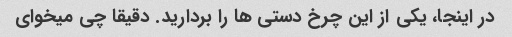
در اینجا، یکی از این چرخ دستی ها را بردارید. دقیقا چی میخوای